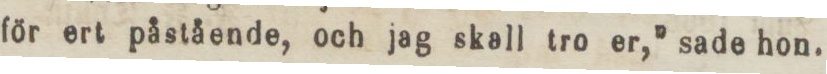
för ert påstående, och jag skall tro er,” sade hon.